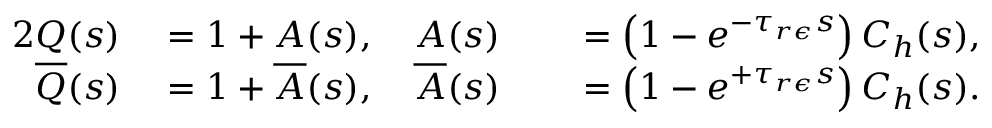
\begin{array} { r l r l } { { 2 } Q ( s ) } & { { } = 1 + A ( s ) , \quad A ( s ) } & { } & { { } = \left( 1 - e ^ { - \tau _ { r \epsilon } s } \right) C _ { h } ( s ) , } \\ { \overline { { Q } } ( s ) } & { { } = 1 + \overline { { A } } ( s ) , \quad \overline { { A } } ( s ) } & { } & { { } = \left( 1 - e ^ { + \tau _ { r \epsilon } s } \right) C _ { h } ( s ) . } \end{array}